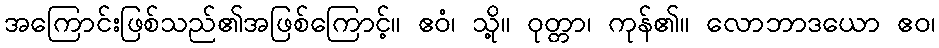
အကြောင်းဖြစ်သည်၏အဖြစ်ကြောင့်။ ဧဝံ၊ သို့။ ဝုတ္တာ၊ ကုန်၏။ လောဘာဒယော ဧဝ၊